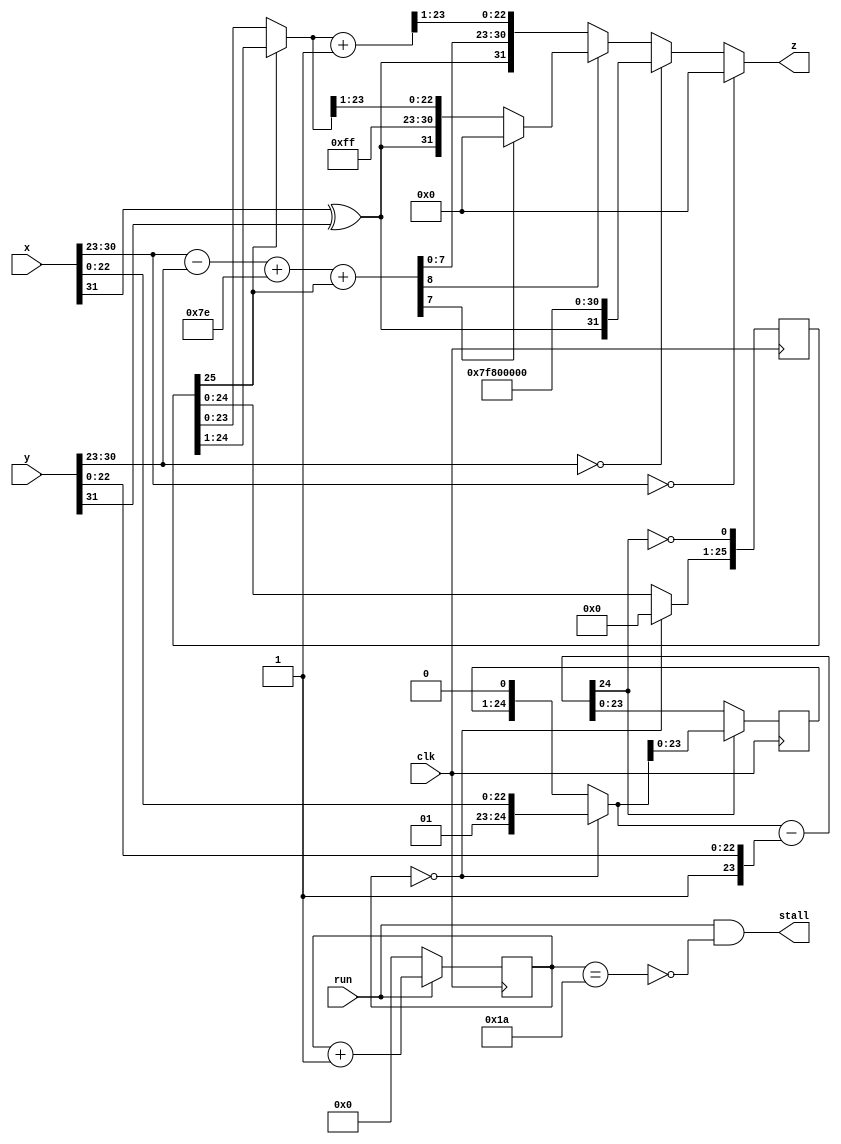
`timescale 1ns / 1ps   // NW 16.9.2016

module FPDivider(
    input clk, run,
    input [31:0] x,
    input [31:0] y,
    output stall,
    output [31:0] z);

reg [4:0] S;  // state
reg [23:0] R;
reg [25:0] Q;

wire sign;
wire [7:0] xe, ye;
wire [8:0] e0, e1;
wire [24:0] r0, r1, d;
wire [25:0] q0;
wire [24:0] z0, z1;

assign sign = x[31]^y[31];
assign xe = x[30:23];
assign ye = y[30:23];
assign e0 = {1'b0, xe} - {1'b0, ye};
assign e1 = e0 + 126 + Q[25];
assign stall = run & ~(S == 26);

assign r0 = (S == 0) ? {2'b01, x[22:0]} : {R, 1'b0};
assign r1 = d[24] ? r0 : d;
assign d = r0 - {2'b01, y[22:0]};
assign q0 = (S == 0) ? 0 : Q;

assign z0 = Q[25] ? Q[25:1] : Q[24:0];
assign z1 = z0 + 1;
assign z = (xe == 0) ? 0 :
  (ye == 0) ? {sign, 8'b11111111, 23'b0} :  // div by 0
  (~e1[8]) ? {sign, e1[7:0], z1[23:1]} :
  (~e1[7]) ? {sign, 8'b11111111, z0[23:1]} : 0;  // NaN

always @ (posedge(clk)) begin
  R <= r1[23:0];
  Q <= {q0[24:0], ~d[24]};
  S <= run ? S+1 : 0;
end
endmodule